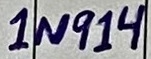
Text: 1N914